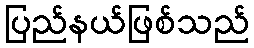
ပြည်နယ်ဖြစ်သည်